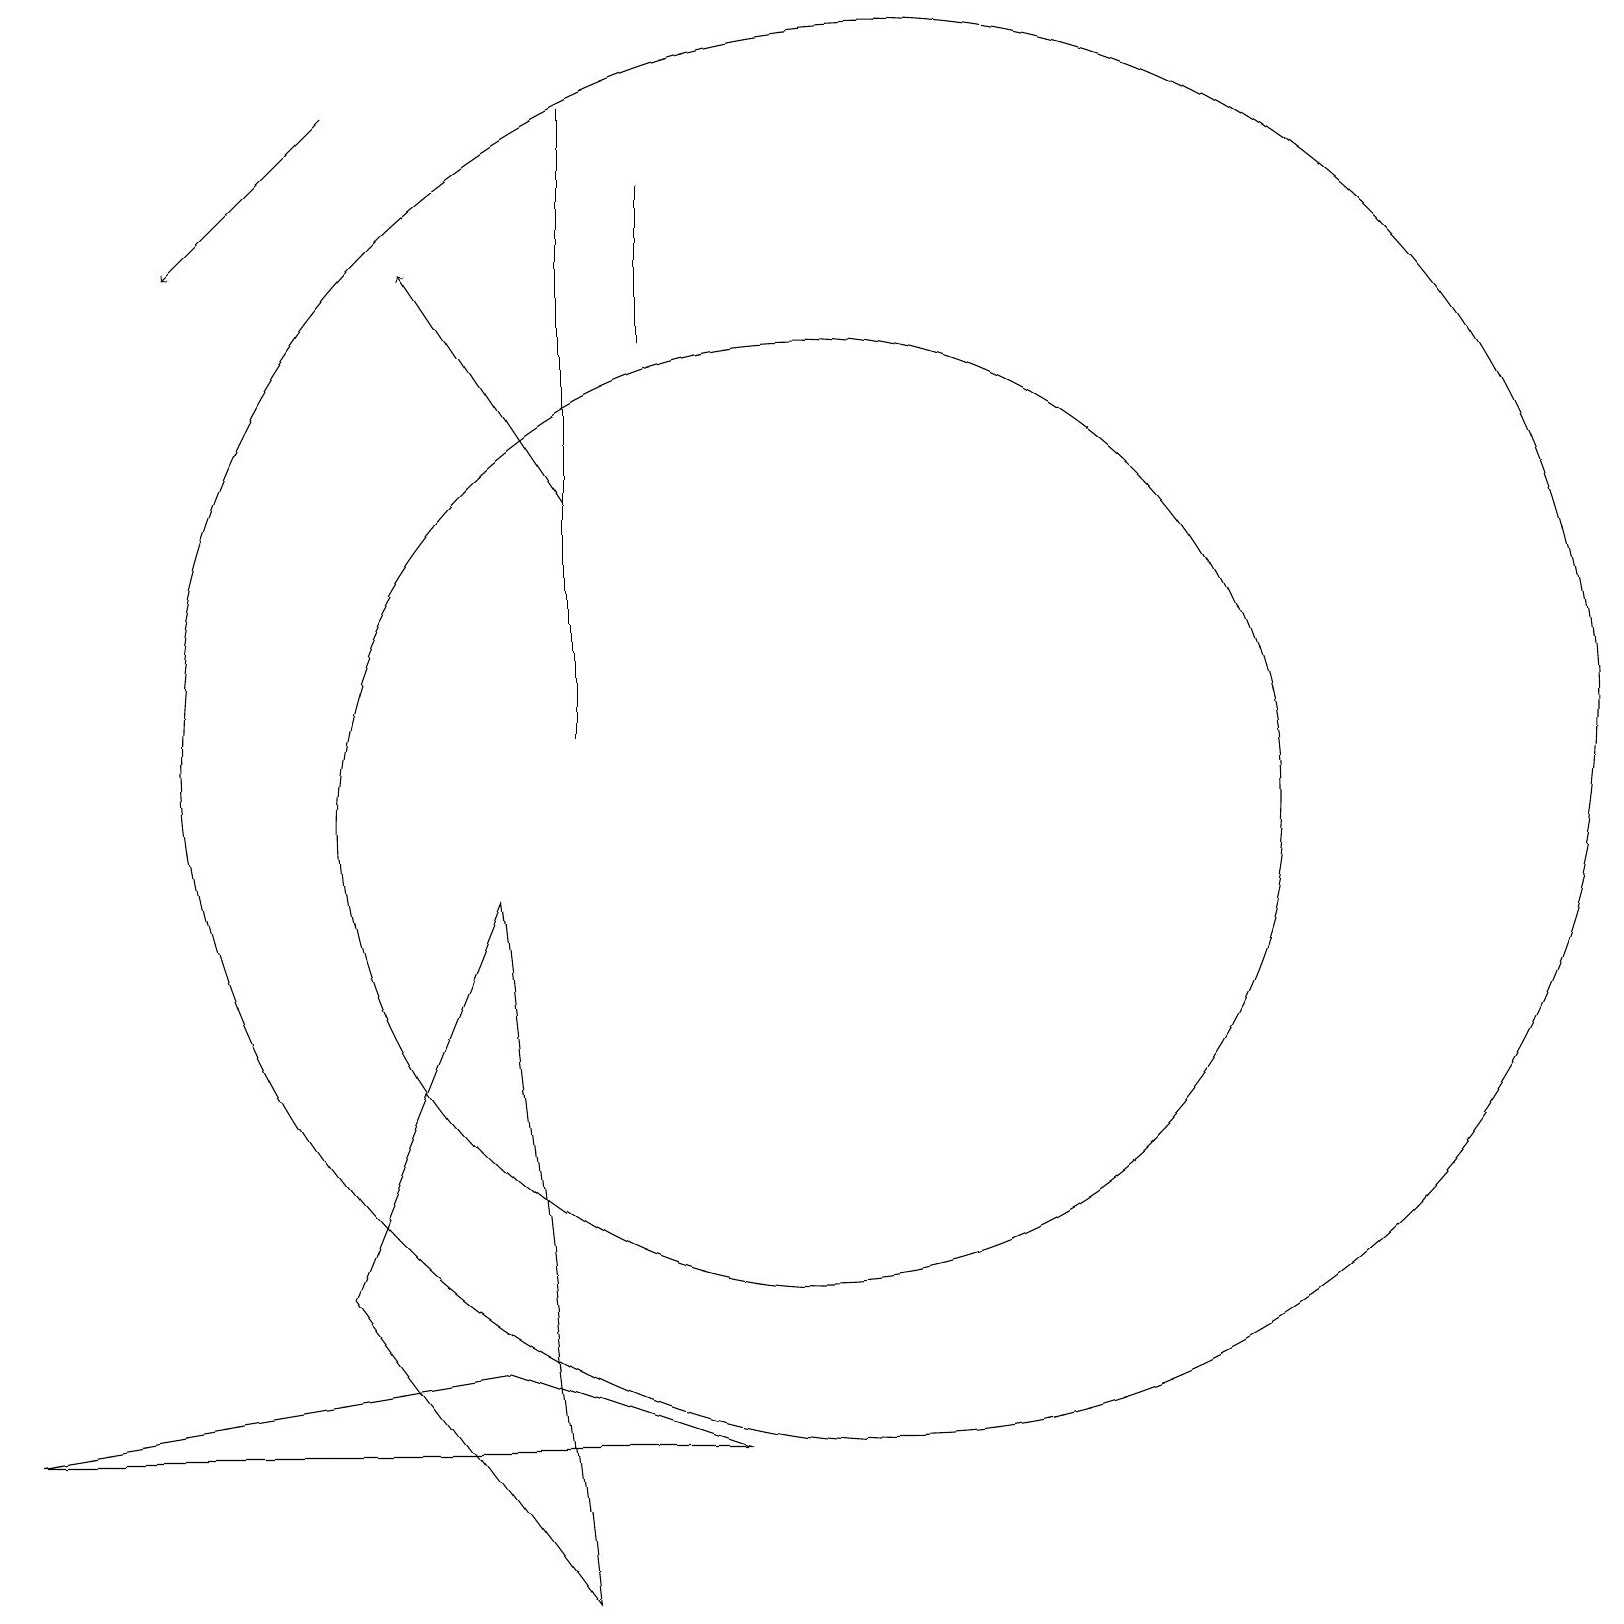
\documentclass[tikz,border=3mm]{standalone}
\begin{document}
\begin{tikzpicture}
\draw (0,2) -- (9,2) -- (6,3) -- cycle;
\draw (4,4) -- (6,9) -- (7,0) -- cycle;
\draw[->] (4,19) -- (2,17);
\draw (7,19) rectangle (7,11);
\draw[->] (7,14) -- (5,17);
\draw (10,10) circle (6);
\draw (11,11) circle (9);
\draw (8,16) rectangle (8,18);
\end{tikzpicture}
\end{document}